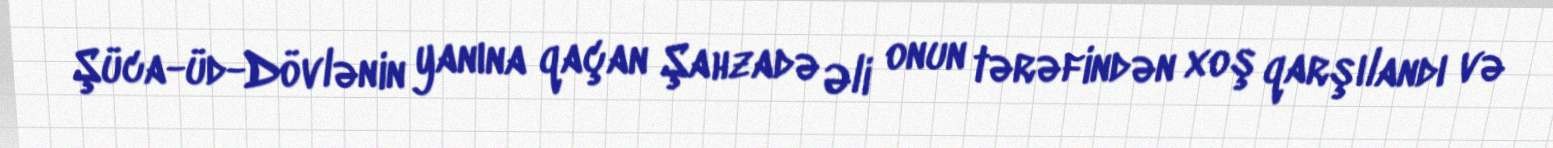
Şüca-üd-Dövlənin yanına qaçan Şahzadə Əli onun tərəfindən xoş qarşılandı və